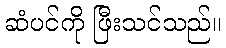
ဆံပင်ကို ဖြီးသင်သည်။